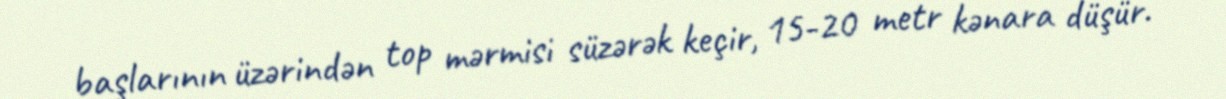
başlarının üzərindən top mərmisi süzərək keçir, 15-20 metr kənara düşür.